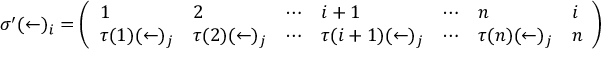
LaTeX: \sigma ^ { \prime } ( \leftarrow ) _ { i } = { \left( \begin{array} { l l l l l l l } { 1 } & { 2 } & { \cdots } & { i + 1 } & { \cdots } & { n } & { i } \\ { \tau ( 1 ) ( \leftarrow ) _ { j } } & { \tau ( 2 ) ( \leftarrow ) _ { j } } & { \cdots } & { \tau ( i + 1 ) ( \leftarrow ) _ { j } } & { \cdots } & { \tau ( n ) ( \leftarrow ) _ { j } } & { n } \end{array} \right) }